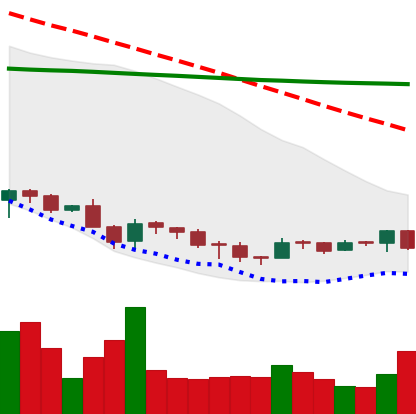
Ticker: DOGE-USD
Chart end date: 2018-12-04
Forward return: -4.28%
Label: down_3_5